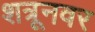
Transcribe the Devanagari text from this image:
शत्रूनवर